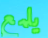
يلمع